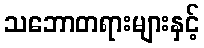
သဘောတရားများနှင့်